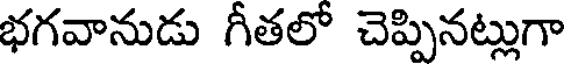
భగవానుడు గీతలో చెప్పినట్లుగా